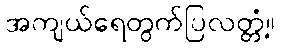
အကျယ်ရေတွက်ပြလတ္တံ့။